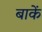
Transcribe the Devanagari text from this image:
बाकें